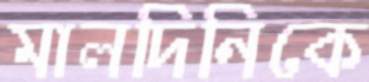
মালদিনিকে